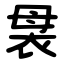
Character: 袰